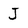
Character: J